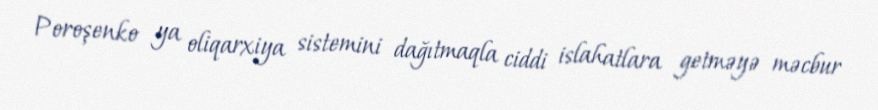
Poroşenko ya oliqarxiya sistemini dağıtmaqla ciddi islahatlara getməyə məcbur